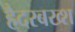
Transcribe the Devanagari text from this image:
हैदरबख्श